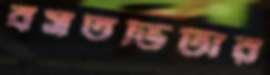
বসতভিটার